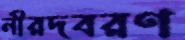
নীরদবরণ